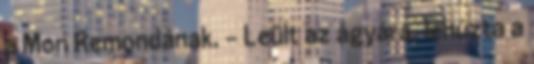
a Mon Remondának. – Leült az ágyára, lehúzta a